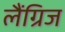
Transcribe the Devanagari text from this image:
लैंग्रिज